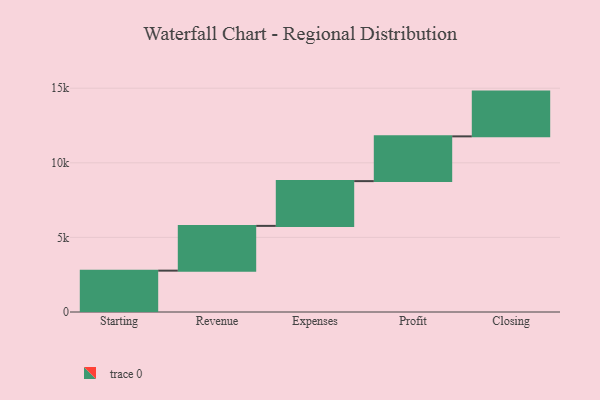
{"axis": {"x": "Step", "y": "Value"}, "legend": [""], "data": [{"x": "Starting", "y": 2772.0, "type": ""}, {"x": "Revenue", "y": 3000, "type": ""}, {"x": "Expenses", "y": 3000, "type": ""}, {"x": "Profit", "y": 3000, "type": ""}, {"x": "Closing", "y": 3000, "type": ""}]}